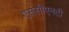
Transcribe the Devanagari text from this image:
एससीएनटी